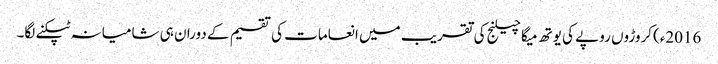
2016ء)کروڑوں روپے کی یوتھ میگا چیلنج کی تقریب میں انعامات کی تقسیم کے دوران ہی شامیانہ ٹپکنے لگا۔